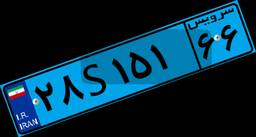
۲۸S۱۵۱۶۶